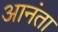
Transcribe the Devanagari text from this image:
आनंता